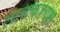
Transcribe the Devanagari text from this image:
लायकरगस